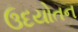
ઉદયોતન